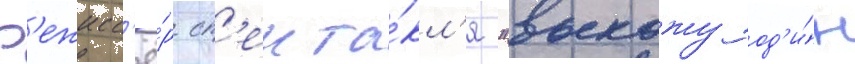
Р'ежисс'ё́р сп'екта́кл'я "выхожу од'и́н